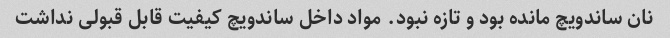
نان ساندویچ مانده بود و تازه نبود. مواد داخل ساندویچ کیفیت قابل قبولی نداشت